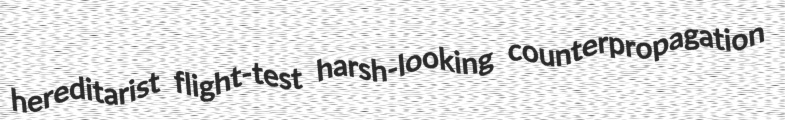
hereditarist flight-test harsh-looking counterpropagation